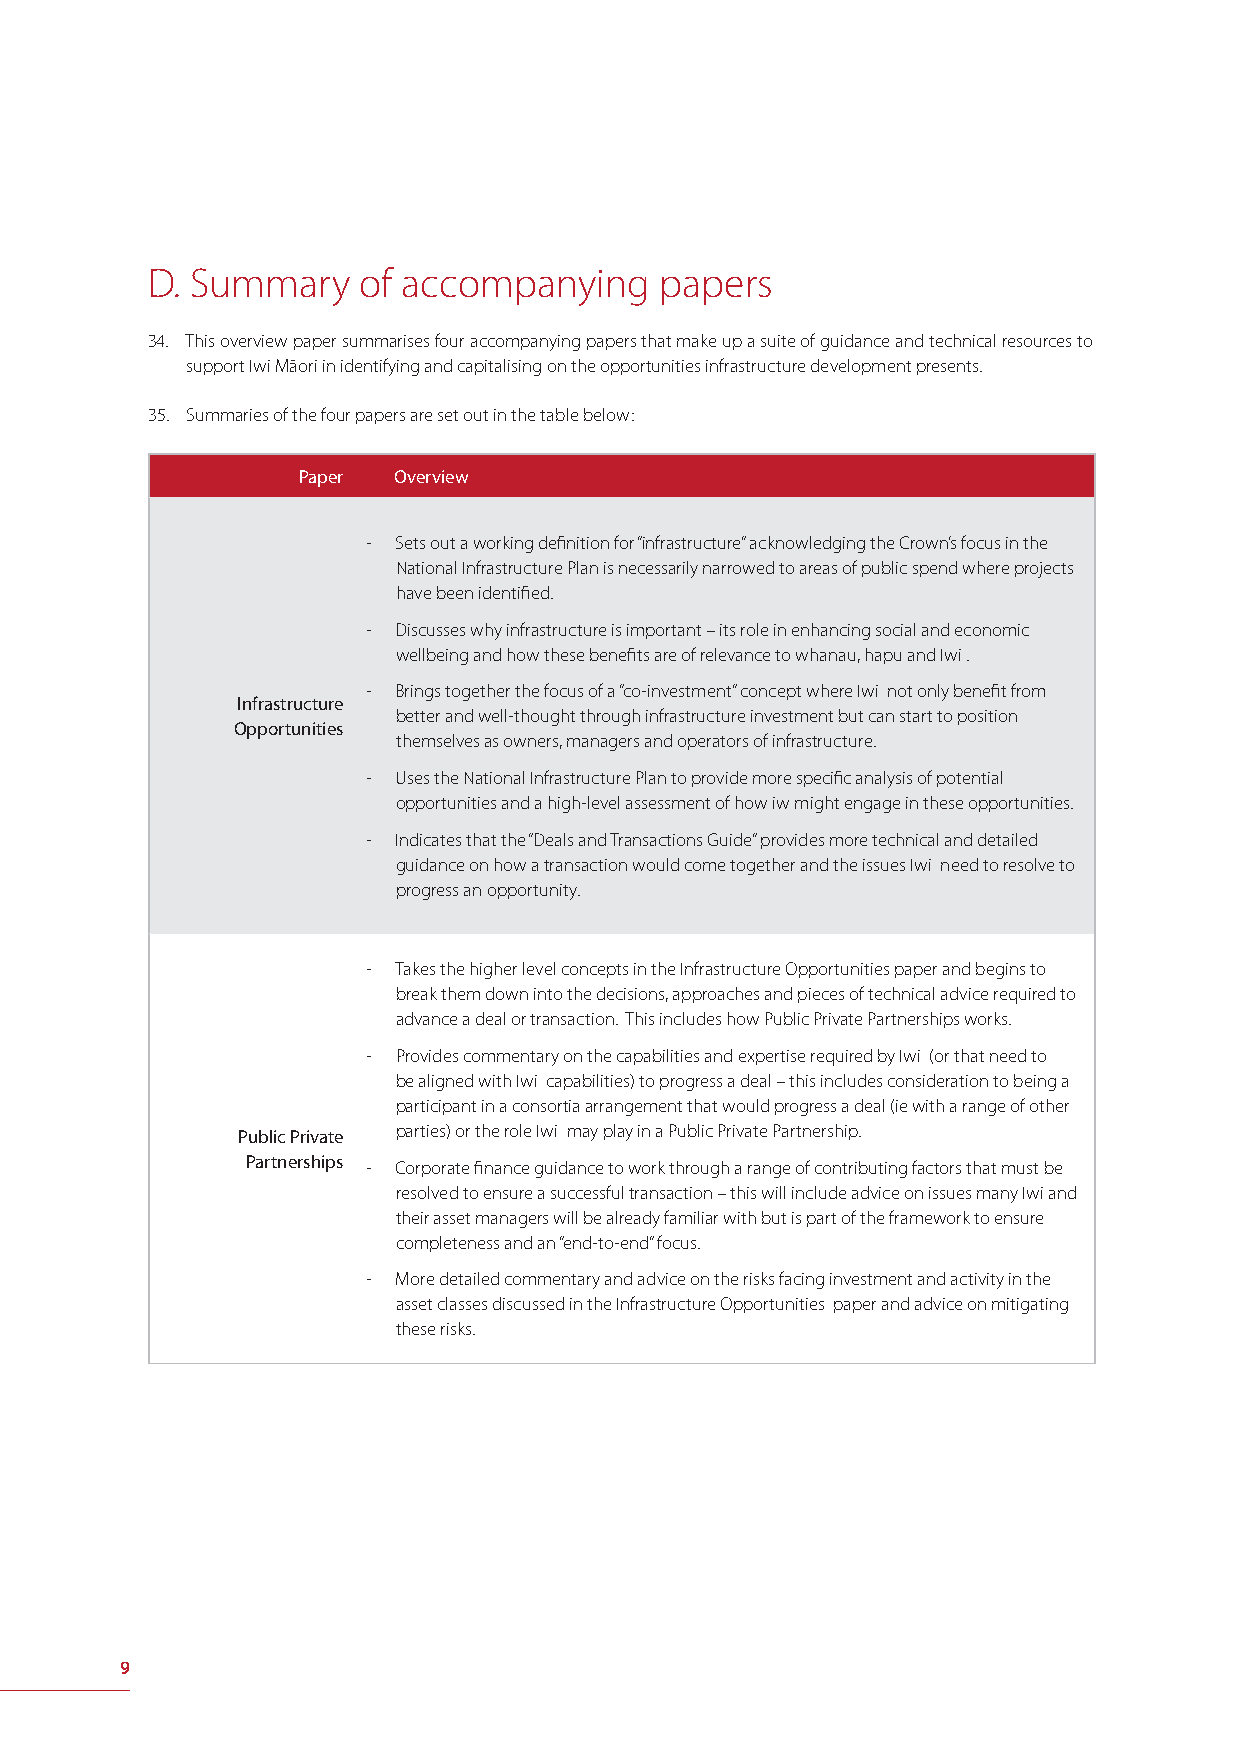
D. Summary    of accompanying     papers
 34. This overview paper summarises four accompanying papers that make up a suite of guidance and technical resources to
 support Iwi Māori in identifying and capitalising on the opportunities infrastructure development presents.
 35. Summaries of the four papers are set out in the table below:
 Paper Overview
 - Sets out a working defi nition for “infrastructure” acknowledging the Crown’s focus in the
 National Infrastructure Plan is necessarily narrowed to areas of public spend where projects
 have been identifi ed.
 - Discusses why infrastructure is important – its role in enhancing social and economic
 wellbeing and how these benefi ts are of relevance to whanau, hapu and Iwi .
 - Brings together the focus of a “co-investment” concept where Iwi not only benefi t from
 Infrastructure
 better and well-thought through infrastructure investment but can start to position
 Opportunities
 themselves as owners, managers and operators of infrastructure.
 - Uses the National Infrastructure Plan to provide more specifi c analysis of potential
 opportunities and a high-level assessment of how iw might engage in these opportunities.
 - Indicates that the “Deals and Transactions Guide” provides more technical and detailed
 guidance on how a transaction would come together and the issues Iwi need to resolve to
 progress an opportunity.
 - Takes the higher level concepts in the Infrastructure Opportunities paper and begins to
 break them down into the decisions, approaches and pieces of technical advice required to
 advance a deal or transaction. This includes how Public Private Partnerships works.
 - Provides commentary on the capabilities and expertise required by Iwi (or that need to
 be aligned with Iwi capabilities) to progress a deal – this includes consideration to being a
 participant in a consortia arrangement that would progress a deal (ie with a range of other
 Public Private parties) or the role Iwi may play in a Public Private Partnership.
 Partnerships - Corporate fi nance guidance to work through a range of contributing factors that must be
 resolved to ensure a successful transaction – this will include advice on issues many Iwi and
 their asset managers will be already familiar with but is part of the framework to ensure
 completeness and an “end-to-end” focus.
 - More detailed commentary and advice on the risks facing investment and activity in the
 asset classes discussed in the Infrastructure Opportunities paper and advice on mitigating
 these risks.
 9